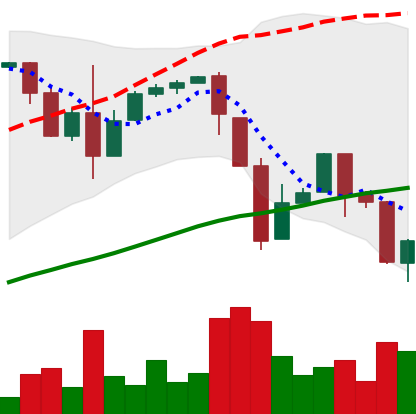
Ticker: BTC-USD
Chart end date: 2017-03-25
Forward return: 5.515%
Label: up_5_7